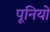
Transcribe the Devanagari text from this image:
पूनियों